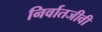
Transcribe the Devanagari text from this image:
निर्वातजीवी